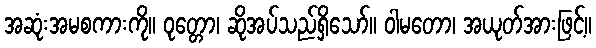
အဆုံးအမစကားကို။ ဝုတ္တော၊ ဆိုအပ်သည်ရှိသော်။ ဝါမတော၊ အယုတ်အားဖြင့်။